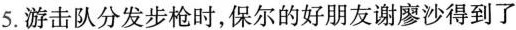
5.游击队分发步枪时,保尔的好朋友谢廖沙得到了